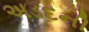
અડદની